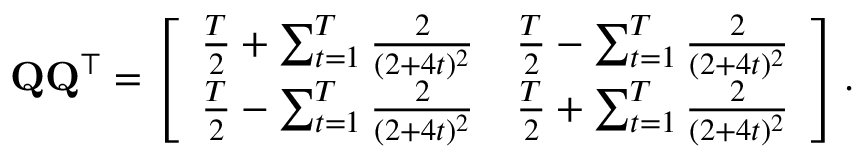
\mathbf { Q } \mathbf { Q } ^ { \top } = \left[ \begin{array} { l l } { \frac { T } { 2 } + \sum _ { t = 1 } ^ { T } \frac { 2 } { ( 2 + 4 t ) ^ { 2 } } } & { \frac { T } { 2 } - \sum _ { t = 1 } ^ { T } \frac { 2 } { ( 2 + 4 t ) ^ { 2 } } } \\ { \frac { T } { 2 } - \sum _ { t = 1 } ^ { T } \frac { 2 } { ( 2 + 4 t ) ^ { 2 } } } & { \frac { T } { 2 } + \sum _ { t = 1 } ^ { T } \frac { 2 } { ( 2 + 4 t ) ^ { 2 } } } \end{array} \right] .